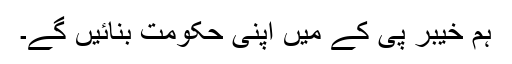
ہم خیبر پی کے میں اپنی حکومت بنائیں گے۔